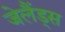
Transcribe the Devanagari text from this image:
जेलैंड्स